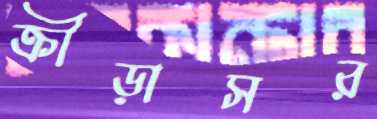
ক্রীড়াসর